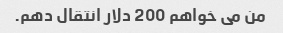
من می خواهم 200 دلار انتقال دهم.